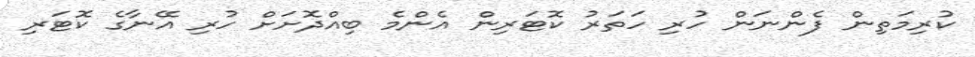
ކުރިމަތިން ފެންނަން ހުރި ހަތަރު ކޮޓަރިން އެންމެ ބިއްދޮށަށް ހުރި އޭނާގެ ކޮޓަރި